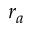
r _ { a }